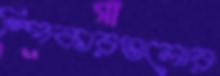
স্পিকারগুলোর